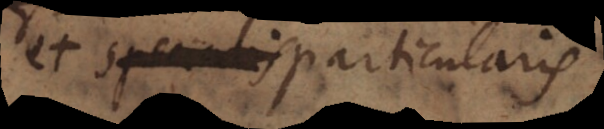
et specialis particularis